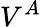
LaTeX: V^{A}